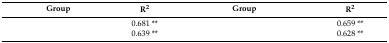
<table><thead><tr><td><b>Group</b></td><td><b>R<sup>2</sup></b></td><td><b>Group</b></td><td><b>R<sup>2</sup></b></td></tr></thead><tbody><tr><td>[EMPTY_CELL]</td><td>0.681 **</td><td>[EMPTY_CELL]</td><td>0.659 **</td></tr><tr><td>[EMPTY_CELL]</td><td>0.639 **</td><td>[EMPTY_CELL]</td><td>0.628 **</td></tr></tbody></table>